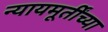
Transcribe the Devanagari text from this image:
न्यायमूर्तींच्या